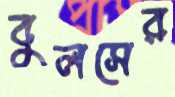
বুলসের